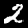
Label: 2